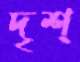
দৃশ্